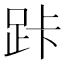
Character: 𮛑